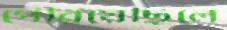
পেরিয়েছিলে